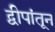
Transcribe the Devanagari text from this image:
द्वीपांतून